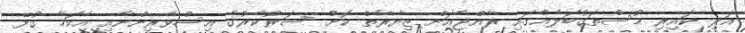
އަދި ކައިރި މުސްތަގުބަލެއްގައި ރާއްޖެއަށް ޒިޔާރާތް ކޮށް ސަރުކާރުގެ އިސްވެރިންނާއި އެކަމާ ގުޅޭ